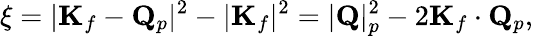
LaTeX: \xi=|\mathbf{K}_{f}-\mathbf{Q}_{p}|^{2}-|\mathbf{K}_{f}|^{2}=|\mathbf{Q}|_{p}^{2}-2\mathbf{K}_{f}\cdot\mathbf{Q}_{p},